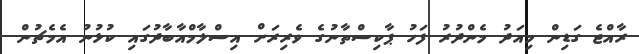
ރާއްޖެ ގަޑިން މިއަދު މެންދުރު ފަހު ޕާކިސްތާނުގެ ވެރިރަށް އިސްލާމްއާބާދުގައި ކުޅުނު އެމެޗުން